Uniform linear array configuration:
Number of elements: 32
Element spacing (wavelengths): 1
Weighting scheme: cosine
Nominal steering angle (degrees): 60
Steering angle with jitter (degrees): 58.113
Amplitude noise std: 0.05
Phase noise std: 0.05

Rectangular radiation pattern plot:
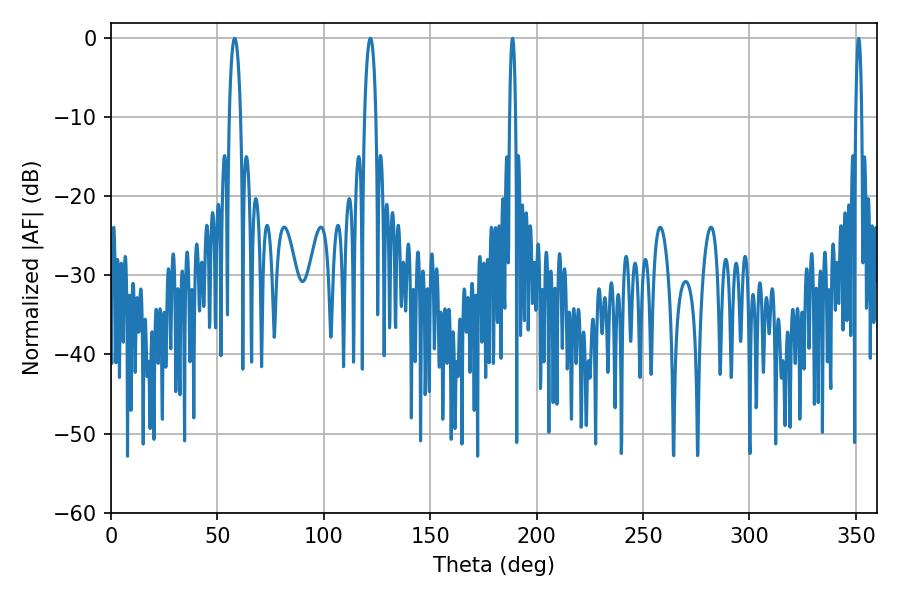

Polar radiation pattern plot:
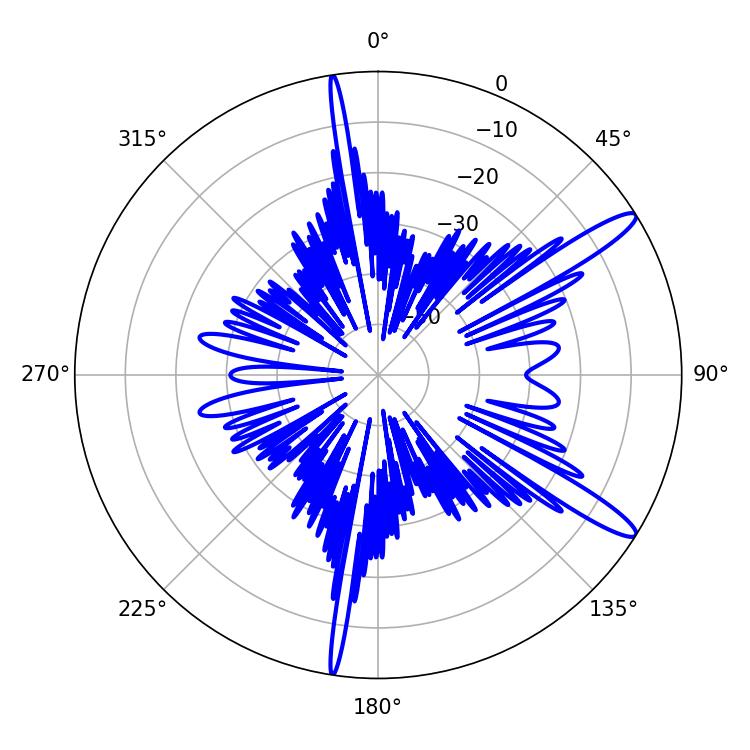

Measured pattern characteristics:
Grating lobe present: TRUE
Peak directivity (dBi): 13.409
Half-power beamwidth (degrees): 2.88
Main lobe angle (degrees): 58.14